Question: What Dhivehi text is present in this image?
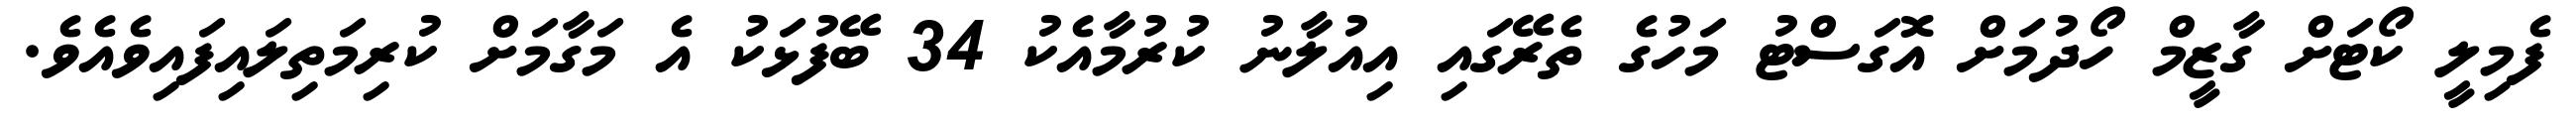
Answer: ފެމިލީ ކޯޓަށް ގާޒީމް ހޯދުމަށް އޮގަސްޓު މަހުގެ ތެރޭގައި އިއުލާނު ކުރުމާއެކު 34 ބޭފުޅަކު އެ މަގާމަށް ކުރިމަތިލައިފައިވެއެވެ.